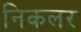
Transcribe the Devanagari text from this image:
निकलर